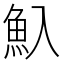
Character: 魞